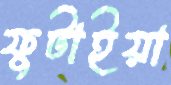
ফুটাইয়া